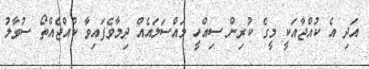
އަދި އެ ކުއްޖާއަކީ މީގެ ކުރިން ސިއްހީ މައްސަލައެއް ދިމާވެފައިވާ ކުއްޖެއްތޯ ސުވާލު